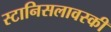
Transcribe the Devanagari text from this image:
स्टानिसलावस्की